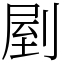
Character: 剭